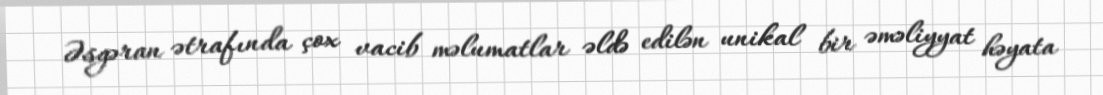
Əsgəran ətrafında çox vacib məlumatlar əldə edilən unikal bir əməliyyat həyata